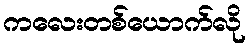
ကလေးတစ်ယောက်လို